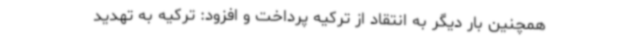
همچنین بار دیگر به انتقاد از ترکیه پرداخت و افزود: ترکیه به تهدید